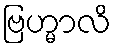
ဗြဟ္မာလိ